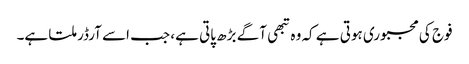
فوج کی مجبوری ہوتی ہے کہ وہ تبھی آگے بڑھ پاتی ہے، جب اسے آرڈر ملتا ہے۔